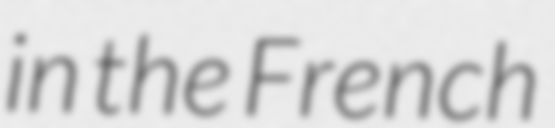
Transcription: in the French